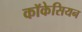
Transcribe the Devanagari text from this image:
कॉकेसियन